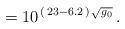
LaTeX: \begin{align*}\:= 10^{\,(\,23 - 6.2\,)\,\sqrt{g_{0}}} \,.\:\end{align*}